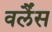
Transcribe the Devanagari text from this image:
वर्लैंस